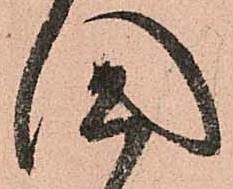
國